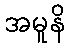
အမူနိ